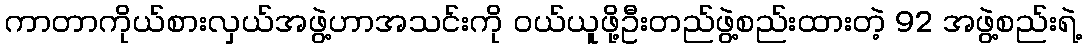
ကာတာကိုယ်စားလှယ်အဖွဲ့ဟာအသင်းကို ဝယ်ယူဖို့ဦးတည်ဖွဲ့စည်းထားတဲ့ 92 အဖွဲ့စည်းရဲ့